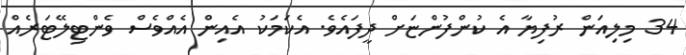
34 މިލިއަން ރުފިޔާ އެ ކުންފުންޏަށް ދީފައެވެ. އެކަމަކު އެއިން އެއްވެސް ވެންޓިލޭޓަރެއް